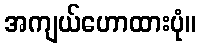
အကျယ်ဟောထားပုံ။